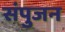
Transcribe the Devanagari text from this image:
संपुजन